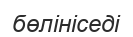
бөлініседі